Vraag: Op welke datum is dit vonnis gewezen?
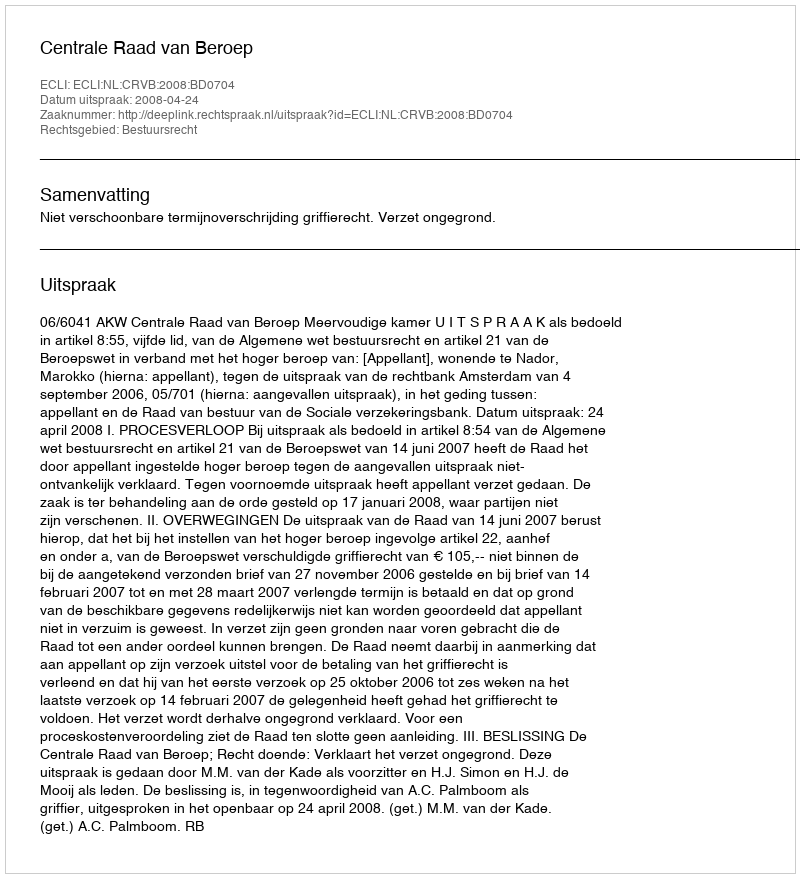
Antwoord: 2008-04-24